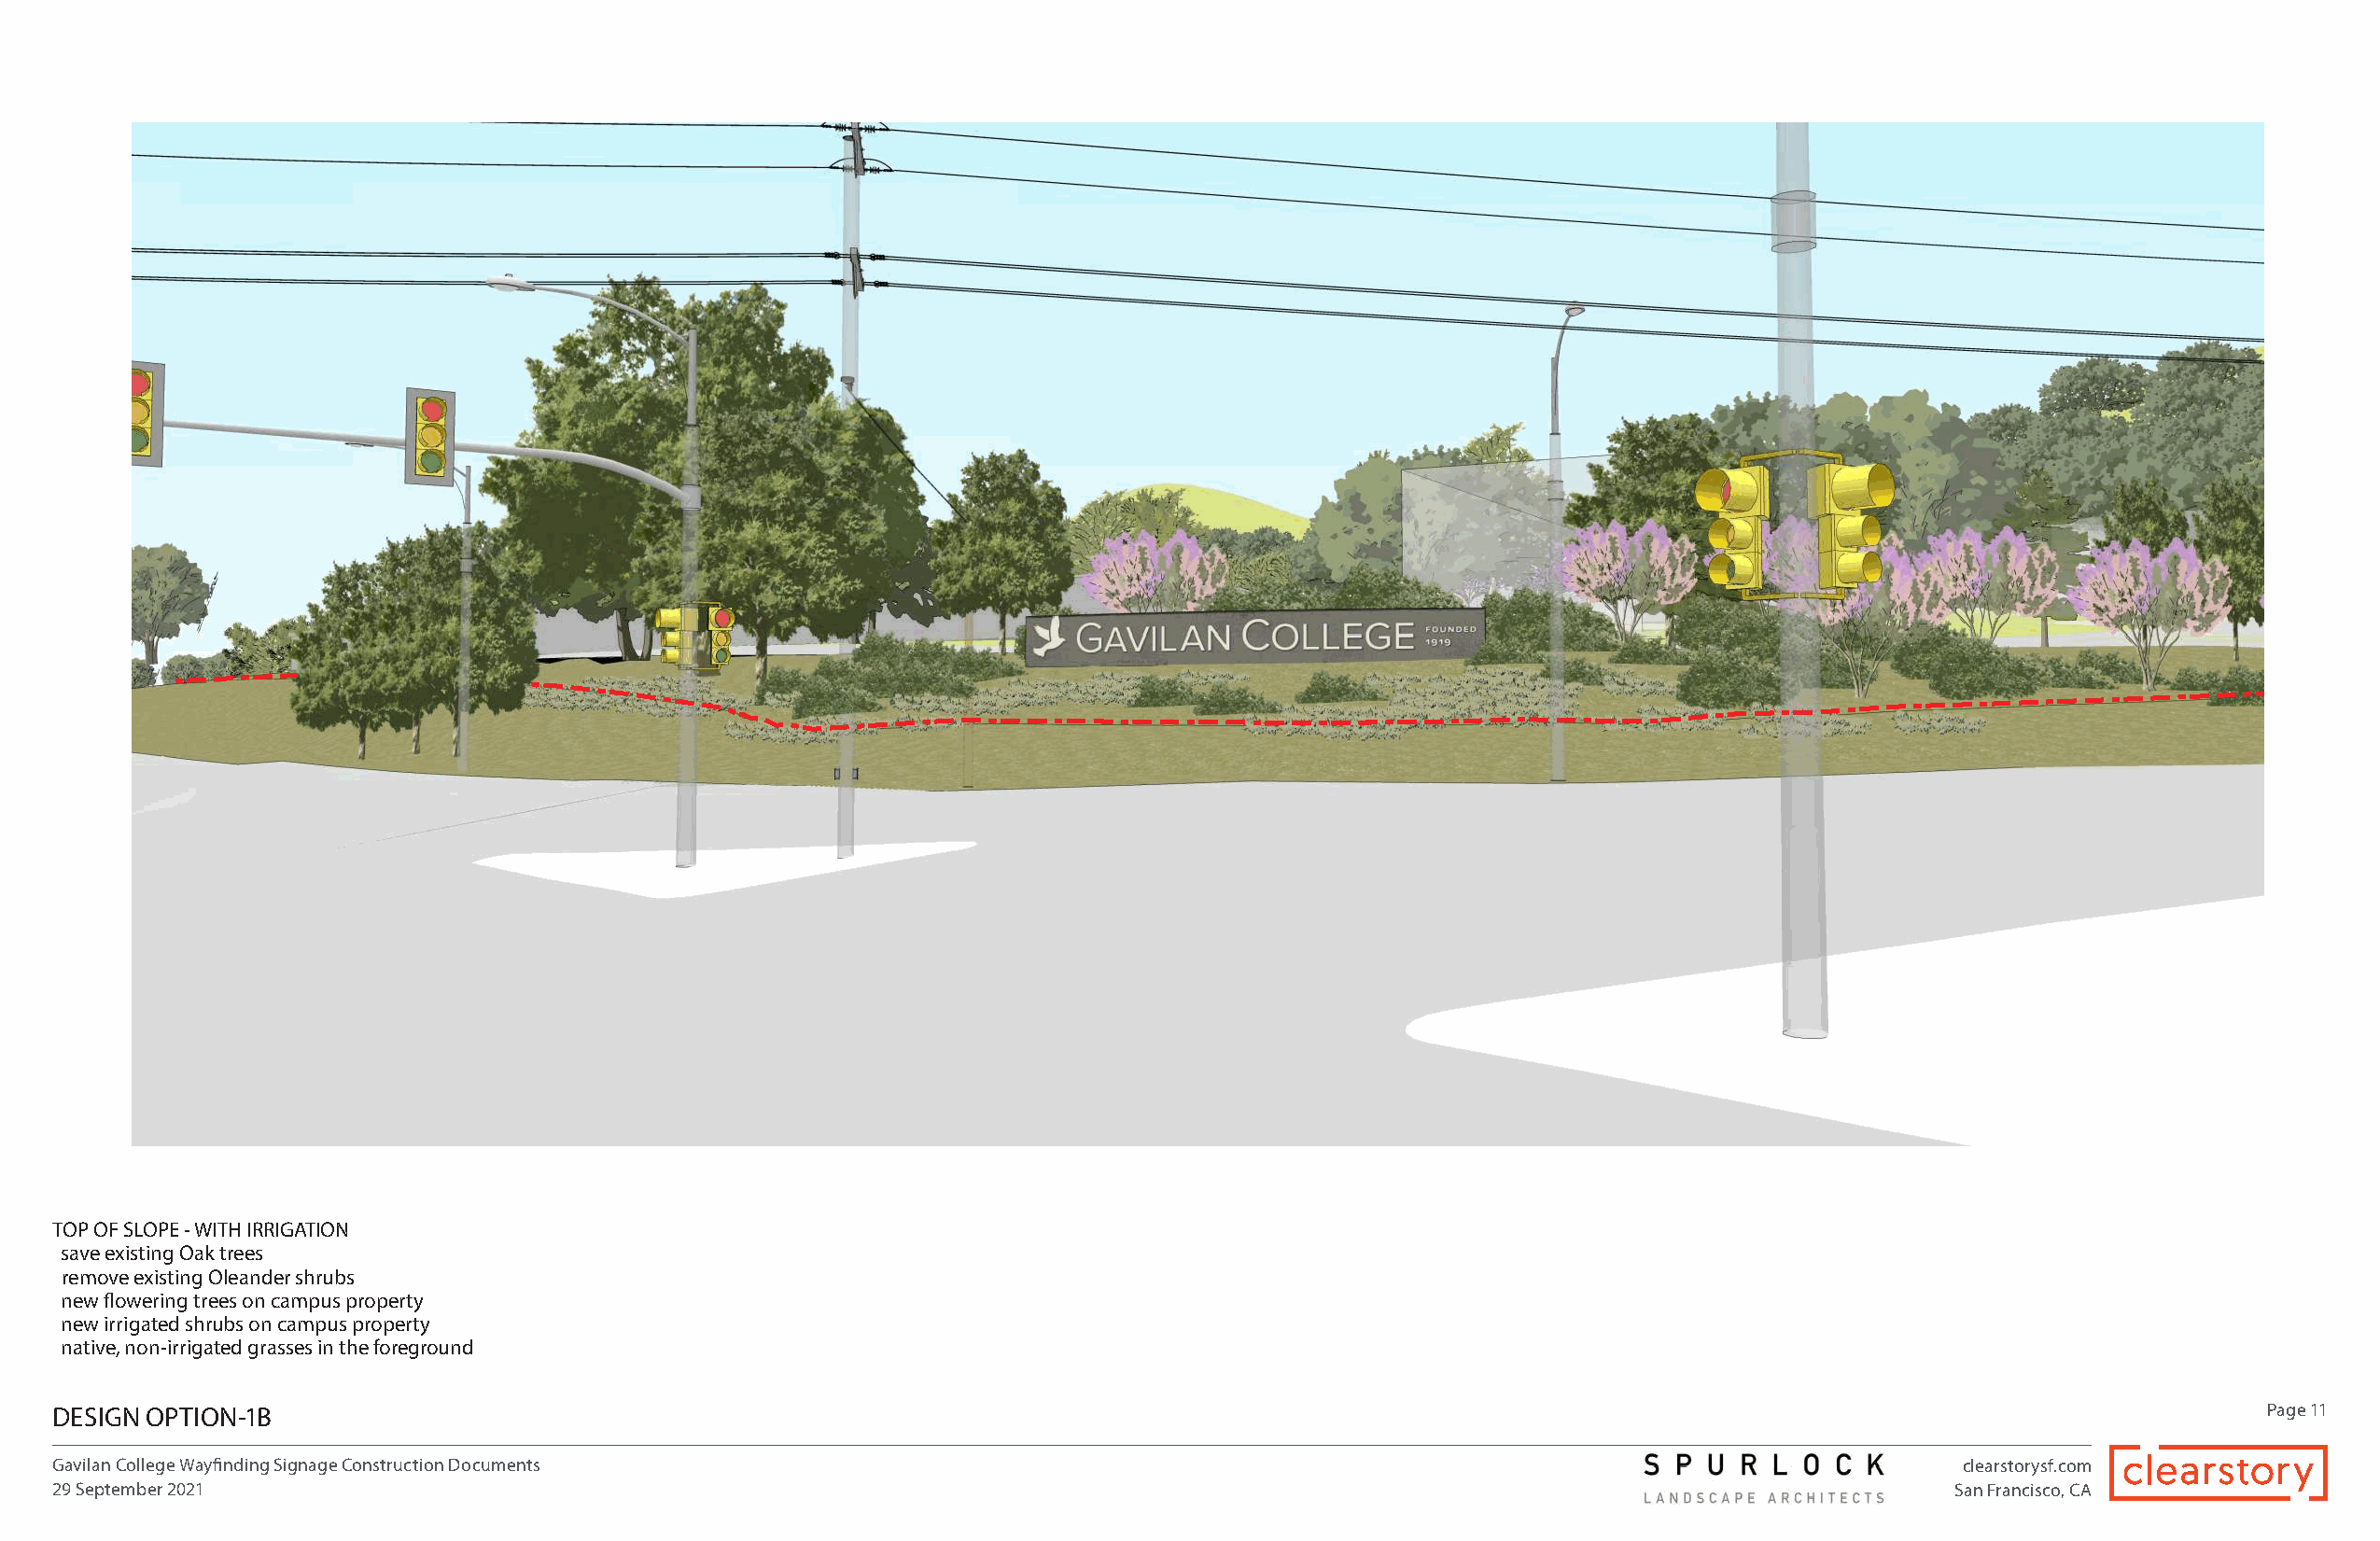
TOP OF SLOPE - WITH IRRIGATION
 save existing Oak trees
 remove existing Oleander shrubs
 new flowering trees on campus property
 new irrigated shrubs on campus property
 native, non-irrigated grasses in the foreground
 DESIGN OPTION-1B                                                                                                                                             Page 11
 Gavilan College Wayfinding Signage Construction Documents                                                                              clearstorysf.com
 29 September 2021                                                                                                                      San Francisco, CA